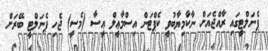
ޕެނަލްޓީގައި ރާއްޖެއަށް ނާކާމިޔާބުވީ ކެޕްޓަން އިސްމާޢީލް ޢީސާ (މެސީ) ޖެހި ޕެނަލްޓީ ބޭރަށް